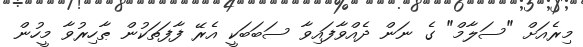
މިރެއަށް "ސަލާމް" ގެ ނަން ދެއްވާފައިވާ ސަބަބަކީ އެރޭ ފާފަތަކުން ޠާހިރުވާ މީހުން